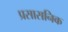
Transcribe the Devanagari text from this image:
प्रसासनिक